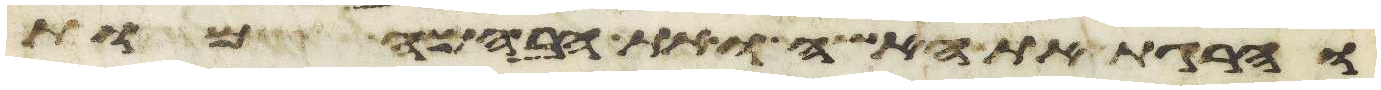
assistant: והרגת את האשה ואת הבהמה מות